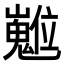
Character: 𡾵